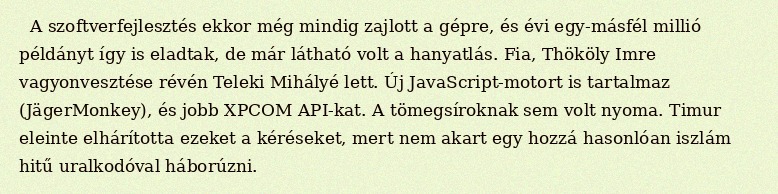
A szoftverfejlesztés ekkor még mindig zajlott a gépre, és évi egy-másfél millió példányt így is eladtak, de már látható volt a hanyatlás. Fia, Thököly Imre vagyonvesztése révén Teleki Mihályé lett. Új JavaScript-motort is tartalmaz (JägerMonkey), és jobb XPCOM API-kat. A tömegsíroknak sem volt nyoma. Timur eleinte elhárította ezeket a kéréseket, mert nem akart egy hozzá hasonlóan iszlám hitű uralkodóval háborúzni.